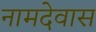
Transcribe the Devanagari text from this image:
नामदेवास